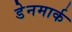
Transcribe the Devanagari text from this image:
डेेनमार्क